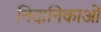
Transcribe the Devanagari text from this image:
निदानिकाओं